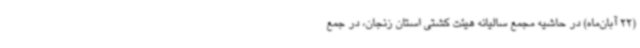
(22 آبان‌ماه) در حاشیه مجمع سالیانه هیئت کشتی استان زنجان، در جمع